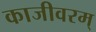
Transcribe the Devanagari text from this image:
काजीवरम्